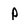
Character: P